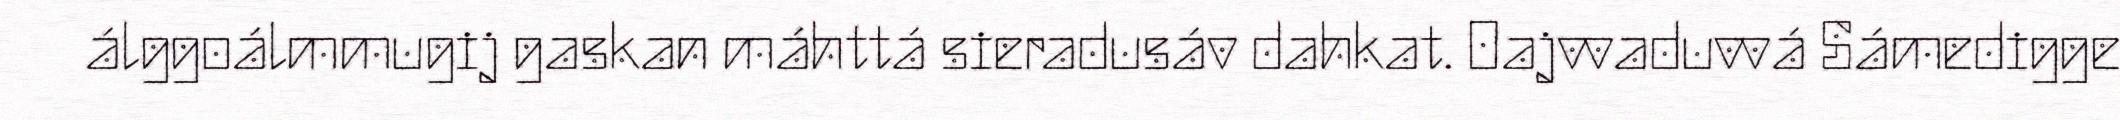
álggoálmmugij gaskan máhttá sieradusáv dahkat. Oajvvaduvvá Sámedigge